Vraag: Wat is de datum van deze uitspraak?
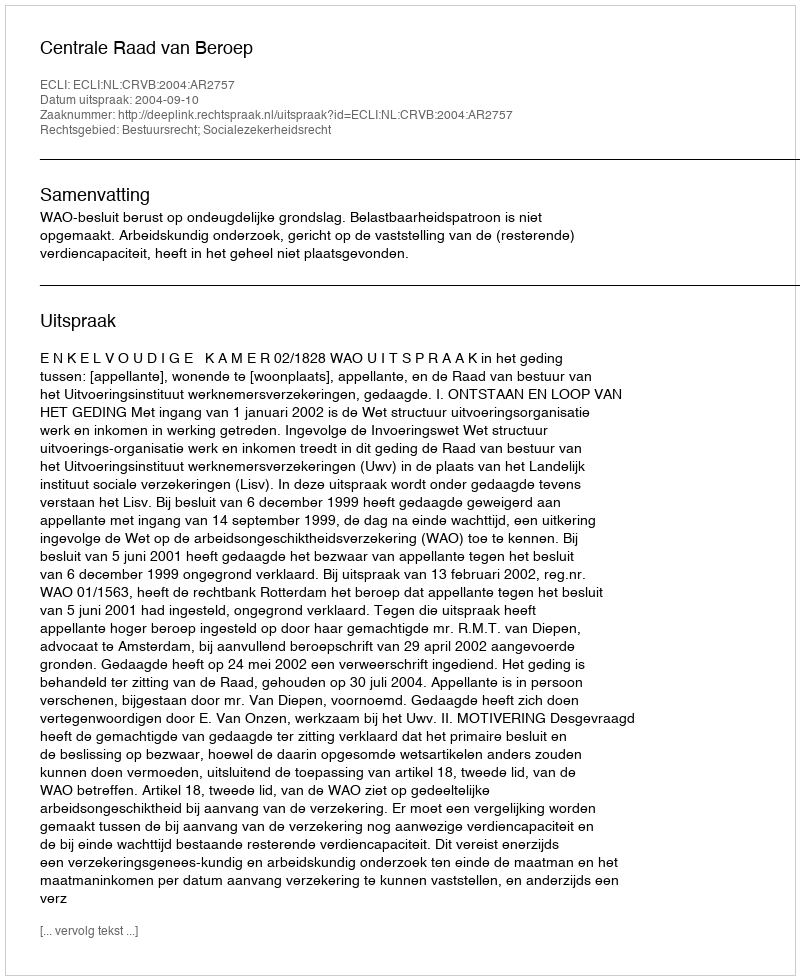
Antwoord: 2004-09-10